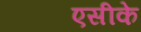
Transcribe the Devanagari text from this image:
एसीके